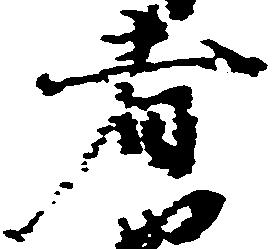
者